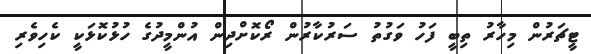
ޓީޗަރުން މިހާރު ތިބީ ފަހު ވަގުތު ސަރުކާރުން ރޯކޮށްދިން އުންމީދުގެ ހުޅުކޮޅަކީ ކެހިވެރި